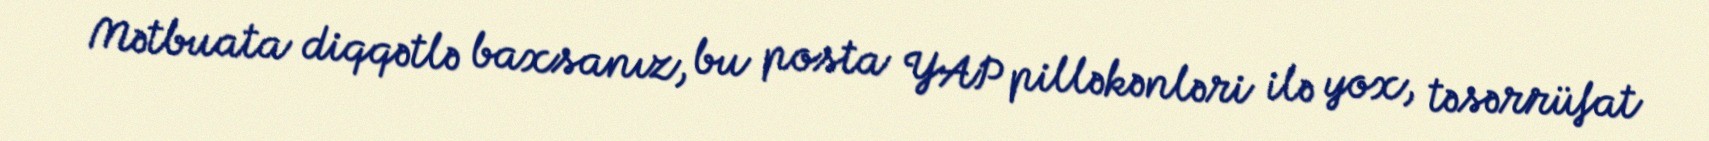
Mətbuata diqqətlə baxsanız, bu posta YAP pilləkənləri ilə yox, təsərrüfat